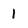
Character: 1